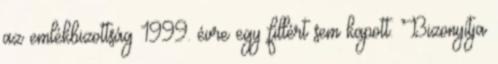
az emlékbizottság 1999. évre egy fillért sem kapott. Bizonyítja